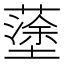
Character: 𡒎